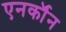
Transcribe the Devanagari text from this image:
एनर्कॉन